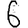
Digit: 6